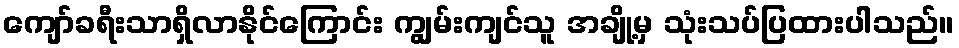
ကျော်ခရီးသာရှိလာနိုင်ကြောင်း ကျွမ်းကျင်သူ အချို့မှ သုံးသပ်ပြထားပါသည်။